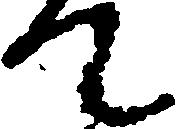
て